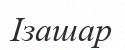
Ізашар